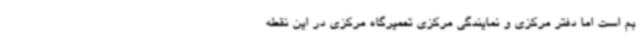
بم است اما دفتر مرکزی و نمایندگی مرکزی تعمیرگاه مرکزی در این نقطه